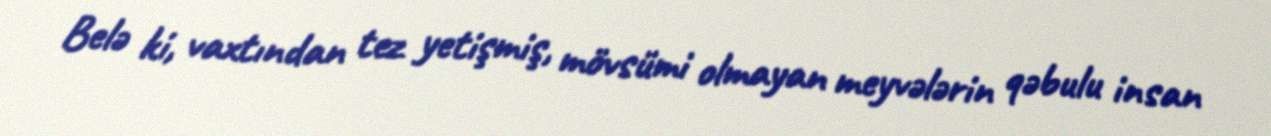
Belə ki, vaxtından tez yetişmiş, mövsümi olmayan meyvələrin qəbulu insan